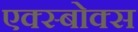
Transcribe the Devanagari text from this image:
एक्स्बोक्स